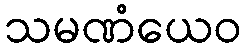
သမဏံယေဝ